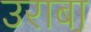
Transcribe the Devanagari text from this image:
उराबा